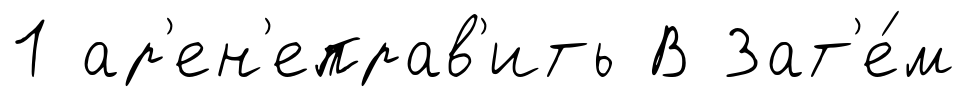
1 ар'ен'еправ'ить В Зат'е́м